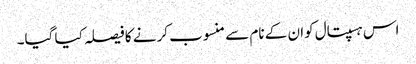
اس ہسپتال کوان کے نام سے منسوب کرنے کا فیصلہ کیا گیا۔